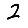
Digit: 2